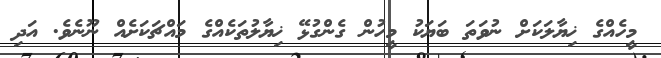
މީހެއްގެ ޚިޔާލަކަށް ނުވަތަ ބަޔަކު މީހުން ގެންގުޅޭ ޚިޔާލުތަކެއްގެ މައްޗަކަށެއް ނޫނެވެ. އަދި